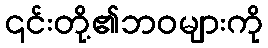
၎င်းတို့၏ဘဝများကို